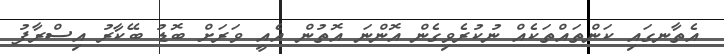
އެތާނގައި ކަންތައްތަކެއް ނުކުރެވިގެން އޮންނަ އޮތުން އެއީ ވަރަށް ބޮޑު ބޭކާރު އިސްރާފު